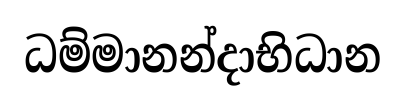
ධම්මානන්දාභිධාන